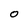
Character: O